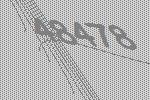
48478